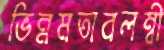
ভিন্নমতাবলম্বী